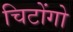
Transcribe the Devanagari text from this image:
चिटोंगो